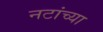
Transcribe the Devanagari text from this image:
नटांच्या